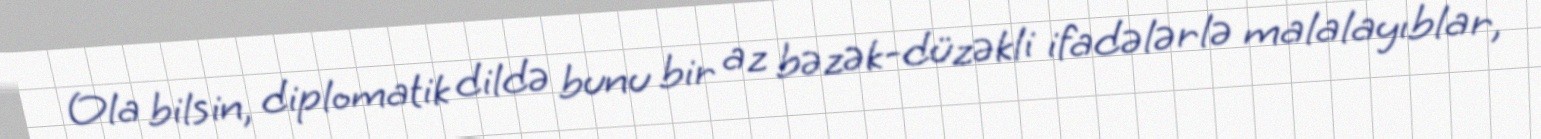
Ola bilsin, diplomatik dildə bunu bir az bəzək-düzəkli ifadələrlə malalayıblar,